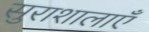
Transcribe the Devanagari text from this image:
सुराशालाएँ